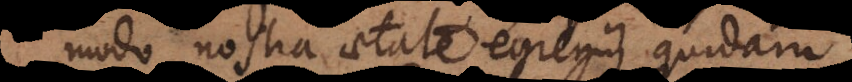
modo nostra aetate egregii quidam